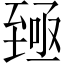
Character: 𫇐